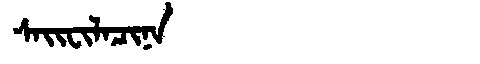
Manchu: ᠰᠠᡳᠸᡳᠯᠠᠴᡳᠨᠠ
Romanization: SAIFILACINA